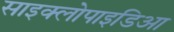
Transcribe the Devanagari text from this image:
साइक्लोपाइडिआ